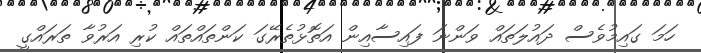
ހަމަ ގައިމުވެސް ދައުލަތައް ވަންނަ ފައިސާއިން އަތޮޅުތެރޭގަ ކަންތައްތައް ކުރި އަރުވާ ތަރައްގީ